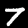
Label: 7